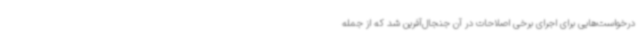
درخواست‌هایی برای اجرای برخی اصلاحات در آن جنجال‌آفرین شد که از جمله